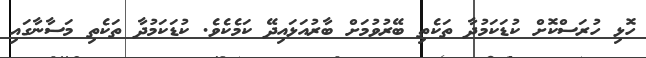
ހޮޅި ހުރަސްކޮށް ކުޑަކަމުދާ ތަކެތި ބޭރުވުމަށް ބާރުއަޅައިދޭ ކަމެކެވެ. ކުޑަކަމުދާ ތަކެތި މަސާނާގައި